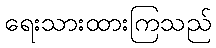
ရေးသားထားကြသည်